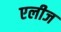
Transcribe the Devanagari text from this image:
एलीज